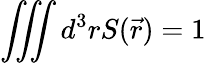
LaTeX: \iiint d^{3}rS(\vec{r})=1